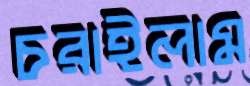
চরাইলাম